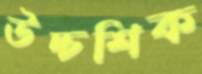
উচ্চশিক